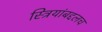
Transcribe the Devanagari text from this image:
स्त्रियांबद्दलच